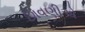
છાવણીએ